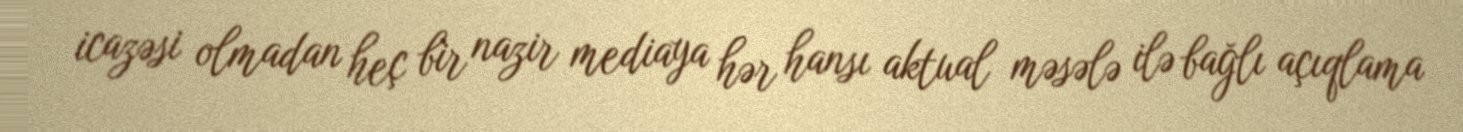
icazəsi olmadan heç bir nazir mediaya hər hansı aktual məsələ ilə bağlı açıqlama